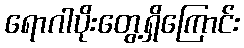
ရောဂါပိုးတွေ့ရှိကြောင်း